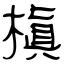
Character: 槇